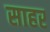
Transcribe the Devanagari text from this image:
साहर